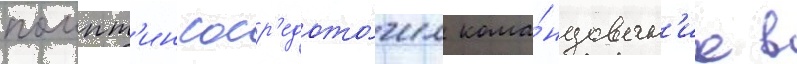
помпт'ин соср'едото́чил кома́ндован'ие в